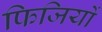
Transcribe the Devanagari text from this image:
फिजियों